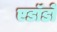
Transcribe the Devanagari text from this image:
एडॉर्डो